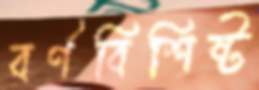
বর্ণবিশিষ্ট